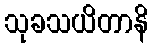
သုခသယိတာနိ